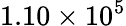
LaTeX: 1.10\times 10^{5}